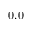
0 . 0